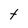
Character: t